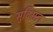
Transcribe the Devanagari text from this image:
सुविमल